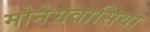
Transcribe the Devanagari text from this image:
मोनेमवासिया